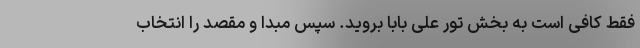
فقط کافی است به بخش تور علی بابا بروید. سپس مبدا و مقصد را انتخاب